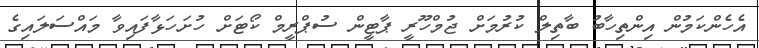
އެހެންކަމުން އިންތިހާބު ބާތިލް ކުރުމަށް ޖުމްހޫރީ ޕާޓީން ސުޕްރީމް ކޯޓަށް ހުށަހަޅާފައިވާ މައްސަލައިގެ